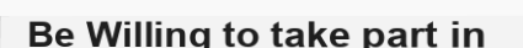
Be Willing to take part in